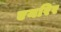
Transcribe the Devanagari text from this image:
एयरिर